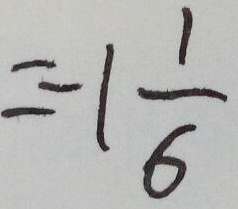
= - 1 \frac { 1 } { 6 }